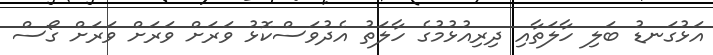
އަޅުގަނޑު ބަލި ހާލަތާއި ދިރިއުޅުމުގެ ހާލަތު އެދުވަސްކޮޅު ވަރަށް ވަރަށް ވަރަށް ގޯސް